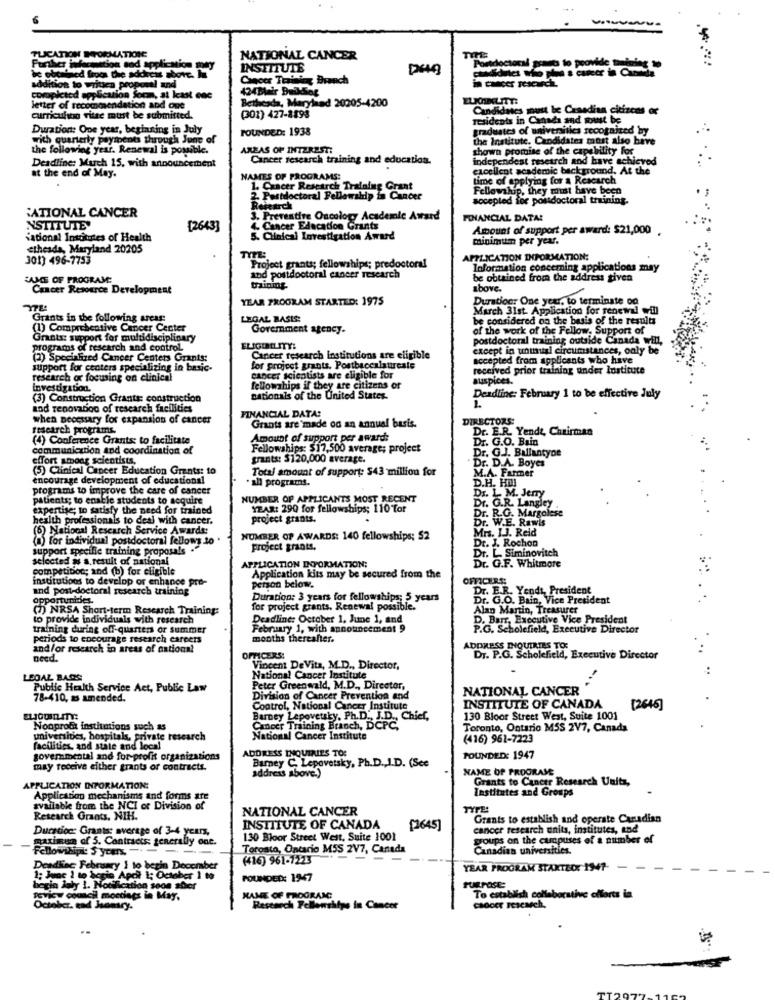
PLICATION NORMATIONE
NATIONAL CANCER
Further infacmetion and application may
INSTITUTE
Postdoctoral pour
to provide tiago
be obrafiled froos Che address above. In
addition to writen proposal and
cer Training Branch
424 Blair BuikSog
completed application form, at least ene
Bethesda, Maryland 20205-4200
EUCHNELITT:
letter of recommendation and one
(301) 427-8198
Candidates must be Canedisa citizens er
curriculao vitee must be submitted.
residents in Canada and must be
Duration: One year, beginning in July
FOUNDED: 1938
graduates of universities recognized by
with quarterly payments through June of
te. Candidates must also have
the following year. Renewal is possible.
AREAS OF INTEREST:
shown promise of the capability for
Deadline: Much 15. with announcement
Cancer research training and education.
independent research and have achicved
at the end of May.
excellent academic background. At the
NAMES OF PROGRAMS:
time of applying for a Rescarch
1. Cancer Research Training Grant
Fellowship, they must have been
2. Postdoctoral Fellowship in Cancer
socepted for postdoctoral training.
RATIONAL CANCER
Research
3. Preventive Oncology Academic Award
FINANCIAL DATA!
INSTITUTE
[2643]
4. Cancer Education Grants
Amount of support per award: $21,000
"ational Institutes of Health
5. Clinical Investigation Award
minimum per year.
etheads, Maryland 20205
301) 496-7753
APPLICATION INFORMATION:
Project grants; fellowships; predoctoral
Information concerning applications may
EANCE OF PROGRAME
and postdoctoral cancer research
be obtained from the address given
Cancer Resource Development
tuinmy
above.
YEAR PROGRAM STARTED: 1975
Durationr One year, to terminate on
March 31st. Application for renewal will
Grants in the following arcar:
LEGAL BASIS:
be considered on the basis of the results
(1) Comprehensive Cancer Center
Government agency.
of the work of the Fellow. Support of
Grants: support for multidisciplinary
postdoctoral training outside Canada will,
programs of research and control
ELIGIBILITY:
except in unusual circumstances, only be
(2) Specialized Cancer Centers Grants:
Cancer research institutions are eligible
accepted from applicants who have
support for ceoters specializing in basic-
for project grants. Postbaccalaturcale
received prior training under lostitute
research ox focusing on clinical
cancer scientists are eligible for
auspices.
investigation.
fellowships if they are citizens of
Deadline: February 1 to be effective July
(3) Construction Grants: construction
nationals of the United States.
aad renovaboo of research facilities
FINANCIAL DATA:
when necessary for expansion of cancer
Grants are made od an annual basis.
DIRECTORS:
research programs.
Dr. E.R. Yende, Chairman
(4) Conference Grants: to facilitate
Amount of support per award:
Dr. G.O. Bain
communication and coordination of
Fellowships: $17,500 average; project
Dr. G.J. Bullantype
effort among scientists.
grants: $120,000 average.
(5) Clinical Cancer Education Grants: to
Total amount of support: $43 million for
Dr. D.A. Boyes
M.A. Farmer
encourage development of educational
. all programs.
D.H. HIJ
programs to improve the care of cancer
patients; to enable students to acquire
NUMBER OF APPLICANTS MOST RECENT
Dr. L. M. Jemy
Dr. G.R. Langley
expertise; to satisfy the need for trained
YEAR: 290 for fellowships; 110 Tor
Dr. R.G. Margolese
health professionals to deal with cancer.
project grants.
Dr. W.E. Rawis
(6) National Research Service Awards:
Mrs. 1.3. Reid
(a) for individual postdoctoral fellows to "
NUMBER OF AWARDS: 140 fellowships; $2
Dr. J. Rochon
support specifie training proposals .
project grants.
Dr. L. Siminovitch
selected as a result of national
competition; and (b) for eligible
APPLICATION INFORMATION;
Dr. G.F. Whitmore
institutions to develop or enhance pre-
Application kits may be secured from the
OFFICERS:
and post-doctoral research training
Person below.
Dr. E.R. Yendt, President
opportunities.
Duration: 3 years for fellowships; 5 years
Dr. G.O. Bain, Vice President
(7) NRSA Short-term Research Training:
for project grants. Renewal possible.
Alan Martin, Treasurer
to provide individuals with research
Deadline: October 1, June 1, and
D. Barr, Executive Vice President
training during off-quarters or summer
February 1, with announcement 9
P.G. Scholenie
P.G. Scholefield, Executive Director
periods to encourage research careers
months thereafter.
and/or research in areas of national
ADDRESS INIQUIRIES TO:
need.
OFFICERS:
DI. P.G. Scholefield, Executive Director
Vincent DeVita, M.D ., Director,
..
LEOAZ BAGS
National Cancer Institute
Public Health Service Act, Public Law
Peter Greenwald, M.D ., Director,
NATIONAL CANCER
78-410, as amended.
Division of Cancer Prevention and
INSTITUTE OF CANADA
Control, National Cancer Institute
[2646]
Barney Lepovetsky, Ph.D ., J.D ., Chief,
130 Bloor Street West, Suite 1001
Nonprofit institutions such as
Cancer Training Branch, DCPC
Toronto, Ontario M5S 2V7, Canada
universities, hospitals, private research
National Cancer Institute
(416) 961-7223
facilities, and state and local
ADDRESS INQUIRIES TO:
govemmental and for-profit organizations
POUNDED: 1947
may receive either trants or contracts.
Barney C. Lepovetsky, Ph.D. J.D. (Sce
NAME OF PROGRAME
address above.)
Grants to Cancer Research Units,
APPLICATION INFORMATION:
Institutes and Groups
Application mechanisms and forms are
available from the NCI or Division of
NATIONAL CANCER
TYPE:
Research Grants, NIH.
Grants to establish and operate Canadian
Dursdoc: Grants: average of 3-4 years,
INSTITUTE OF CANADA
[1645]
cancer research units, institutes, and
maximum of 5. Contracts: generally ont.
130 Bloor Street West, Suite 1001
groups on the cupuses of a number of
lowikipe $ yours
Toronto, Ontario M5S 2V7, Canada
Canadian universities.
(416) 961-7223
Deadiinc February 1 to begin December
YEAR PROGRAM STARTED: 1947-
1; Jenc ) to begin Apol 1; October
FOUNDED: 1947
begin laly 1. Notification soon ster
PURPOSE
Tovicw comcil mocciaps in May,
NAME OF FROORANG
To establish collaborative ellerts in
October. and Hamry.
Research Fellowships in Cancer
cancer research.